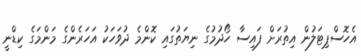
އެހޮސްޕިޓަލުން އިތުރަށް ފައިސާ ހޯދުމުގެ ނިޔަތުގައި ކޮންމެ ދުވަހަކު އަހަރެންގެ މަންމަގެ ކިޑްނީ